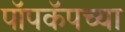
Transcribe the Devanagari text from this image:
पॉपकॅपच्या